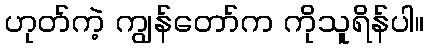
ဟုတ်ကဲ့ ကျွန်တော်က ကိုသူရိန်ပါ။